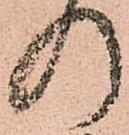
の